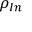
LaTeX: \rho _ { I n } \,